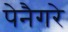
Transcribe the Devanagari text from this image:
पेनैगरे